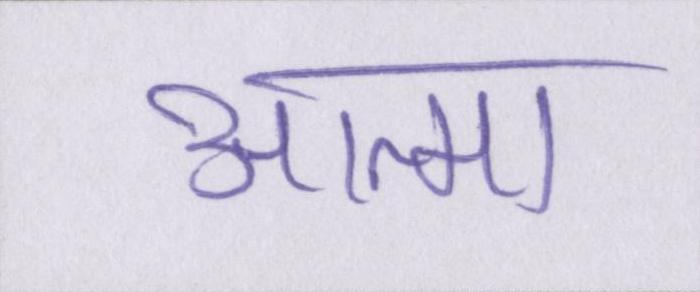
आत्मा